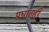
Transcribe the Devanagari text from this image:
प्रघातही